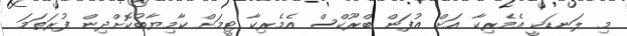
މި ލަނޑަކީ އެމެރިކާ އަށް އުފަން ބްރޫކްސް އެމެރިކާ ޓީމަށް ކާމިޔާބުކޮށްދިން ފުރަތަމަ